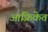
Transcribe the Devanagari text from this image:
आफ़्रिकेत